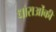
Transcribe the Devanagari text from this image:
धाराओंकी